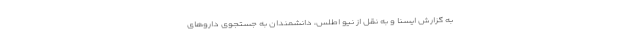
به گزارش ایسنا و به نقل از نیو اطلس، دانشمندان به جستجوی داروهای